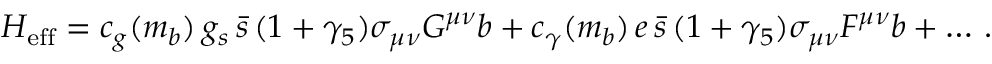
{ \cal H } _ { \mathrm { e f f } } = c _ { g } ( m _ { b } ) \, g _ { s } \, \bar { s } \, ( 1 + \gamma _ { 5 } ) \sigma _ { \mu \nu } G ^ { \mu \nu } b + c _ { \gamma } ( m _ { b } ) \, e \, \bar { s } \, ( 1 + \gamma _ { 5 } ) \sigma _ { \mu \nu } F ^ { \mu \nu } b + \dots \, .